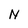
Character: N